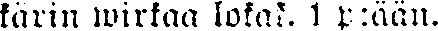
kärin wirkaa lokak. 1 p:ään.